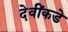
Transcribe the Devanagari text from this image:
देवींकडे